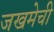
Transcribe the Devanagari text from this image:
जखमेची